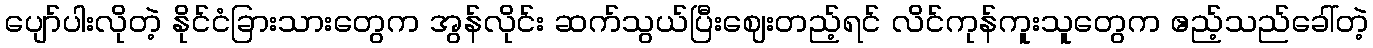
ပျော်ပါးလိုတဲ့ နိုင်ငံခြားသားတွေက အွန်လိုင်း ဆက်သွယ်ပြီးဈေးတည့်ရင် လိင်ကုန်ကူးသူတွေက ဧည့်သည်ခေါ်တဲ့